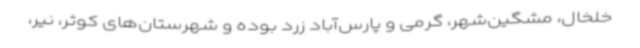
خلخال، مشگین‌شهر، گرمی و پارس‌آباد زرد بوده و شهرستان‌های کوثر، نیر،